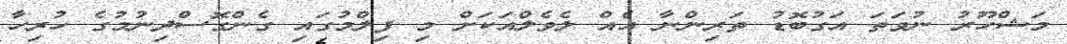
މަޝްހޫރު ނުވަތަ އަގުބޮޑު ތަރިންނާ އެއް ލެވެލްއަކަށް މި ފިލްމުގައި ގެންގޮސްދިނުމުގެ ހުރިހާ